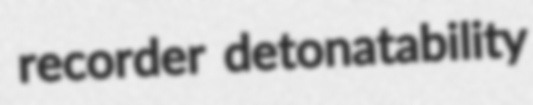
recorder detonatability